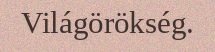
Világörökség.